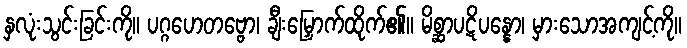
နှလုံးသွင်းခြင်းကို။ ပဂ္ဂဟေတဗ္ဗော၊ ချီးမြှောက်ထိုက်၏။ မိစ္ဆာပဋိပန္နော၊ မှားသောအကျင့်ကို။